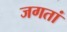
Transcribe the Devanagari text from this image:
जगतां